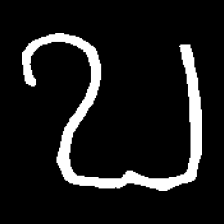
Pyu character \u2014 Myanmar letter: ဎ (romanized: ddha)